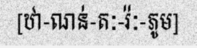
[ឋា-ណន់-តៈ-រ៉ៈ-ភូម]